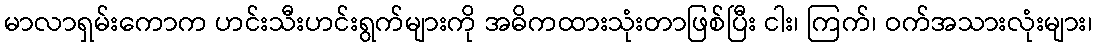
မာလာရှမ်းကောက ဟင်းသီးဟင်းရွက်များကို အဓိကထားသုံးတာဖြစ်ပြီး ငါး၊ ကြက်၊ ဝက်အသားလုံးများ၊